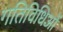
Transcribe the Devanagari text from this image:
गतिविधिओं